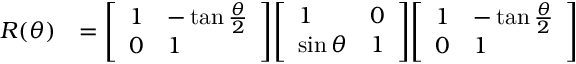
{ \begin{array} { r l } { R ( \theta ) } & { = { \left[ \begin{array} { l l } { 1 } & { - \tan { \frac { \theta } { 2 } } } \\ { 0 } & { 1 } \end{array} \right] } { \left[ \begin{array} { l l } { 1 } & { 0 } \\ { \sin \theta } & { 1 } \end{array} \right] } { \left[ \begin{array} { l l } { 1 } & { - \tan { \frac { \theta } { 2 } } } \\ { 0 } & { 1 } \end{array} \right] } } \end{array} }